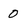
Character: 0